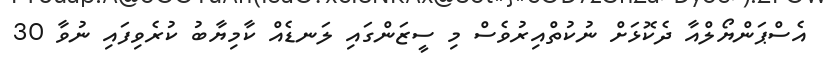
އެސްޕަންޔޯލްއާ ދެކޮޅަށް ނުކުތްއިރުވެސް މި ސީޒަންގައި ލަނޑެއް ކާމިޔާބު ކުރެވިފައި ނުވާ 30